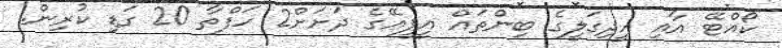
ކޯއްޓޭ އާއި އީދިގަލީގެ ބިންތައް އީޕީއޭގެ ދަށަށް2 ހަފްތާ 20 ގަޑި ކުރިން.